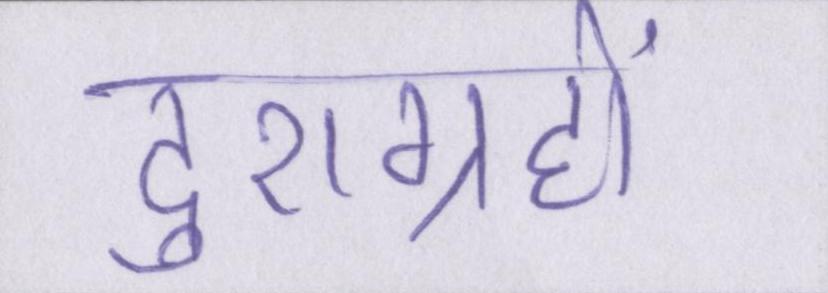
दुराग्रहों